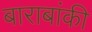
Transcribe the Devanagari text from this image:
बाराबांकी